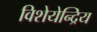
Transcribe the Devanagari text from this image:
विशेयेन्द्रिय